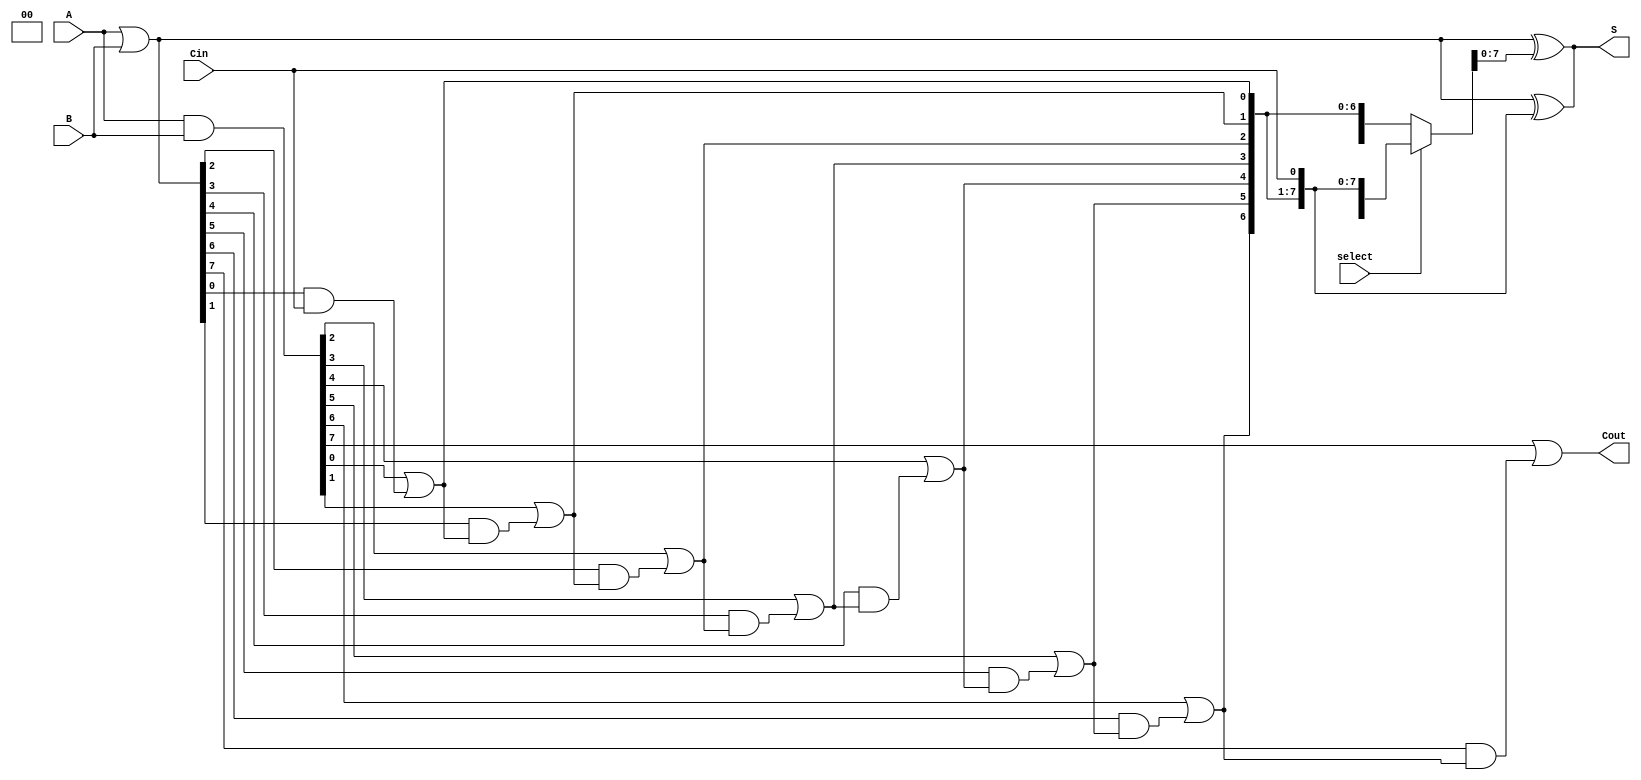
module VariableLatencyCLA #(parameter n = 8) (
    input  [n-1:0] A,      // First input
    input  [n-1:0] B,      // Second input
    input          Cin,     // Carry-in
    input          select,  // Control signal for variable latency
    output [n-1:0] S,      // Sum output
    output         Cout      // Carry-out
);

    // Generate and Propagate signals
    wire [n-1:0] G; // Generate signals
    wire [n-1:0] P; // Propagate signals
    wire [n:0] C;   // Carry signals

    // Generate and Propagate calculations
    assign G = A & B;         // Generate
    assign P = A | B;         // Propagate

    // Carry generation logic
    assign C[0] = Cin; // Initial carry-in

    // Level 1 Carry Generation
    genvar i;
    generate
        for (i = 0; i < n; i = i + 1) begin : carry_gen
            assign C[i + 1] = G[i] | (P[i] & C[i]);
        end
    endgenerate

    // Sum calculation
    assign S = P ^ C[n-1:0]; // Sum output

    // Carry-out
    assign Cout = C[n]; // Final carry-out

    // Variable latency control (example implementation)
    // Here we can implement multiplexers or other logic to switch between different configurations
    // For simplicity, we will use a simple select signal to demonstrate variable latency
    wire [n:0] C_selected;
    assign C_selected = select ? C : {1'b0, C[n-1:1]}; // Example of adjusting carry based on select

    // Update sum and carry-out based on selected carry signals
    assign S = P ^ C_selected[n-1:0]; // Update sum with selected carry
    assign Cout = C_selected[n]; // Update carry-out with selected carry

endmodule